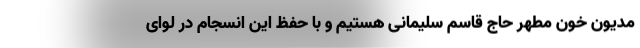
مدیون خون مطهر حاج قاسم سلیمانی هستیم و با حفظ این انسجام در لوای